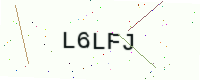
Text: L6LFJ